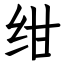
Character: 绀